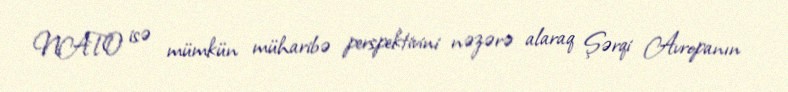
NATO isə mümkün müharibə perspektivini nəzərə alaraq Şərqi Avropanın